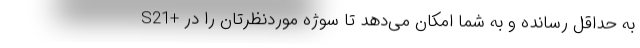
S21+ به حداقل رسانده و به شما امکان می‌دهد تا سوژه موردنظرتان را در